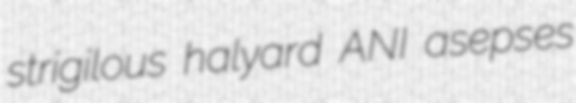
strigilous halyard ANI asepses